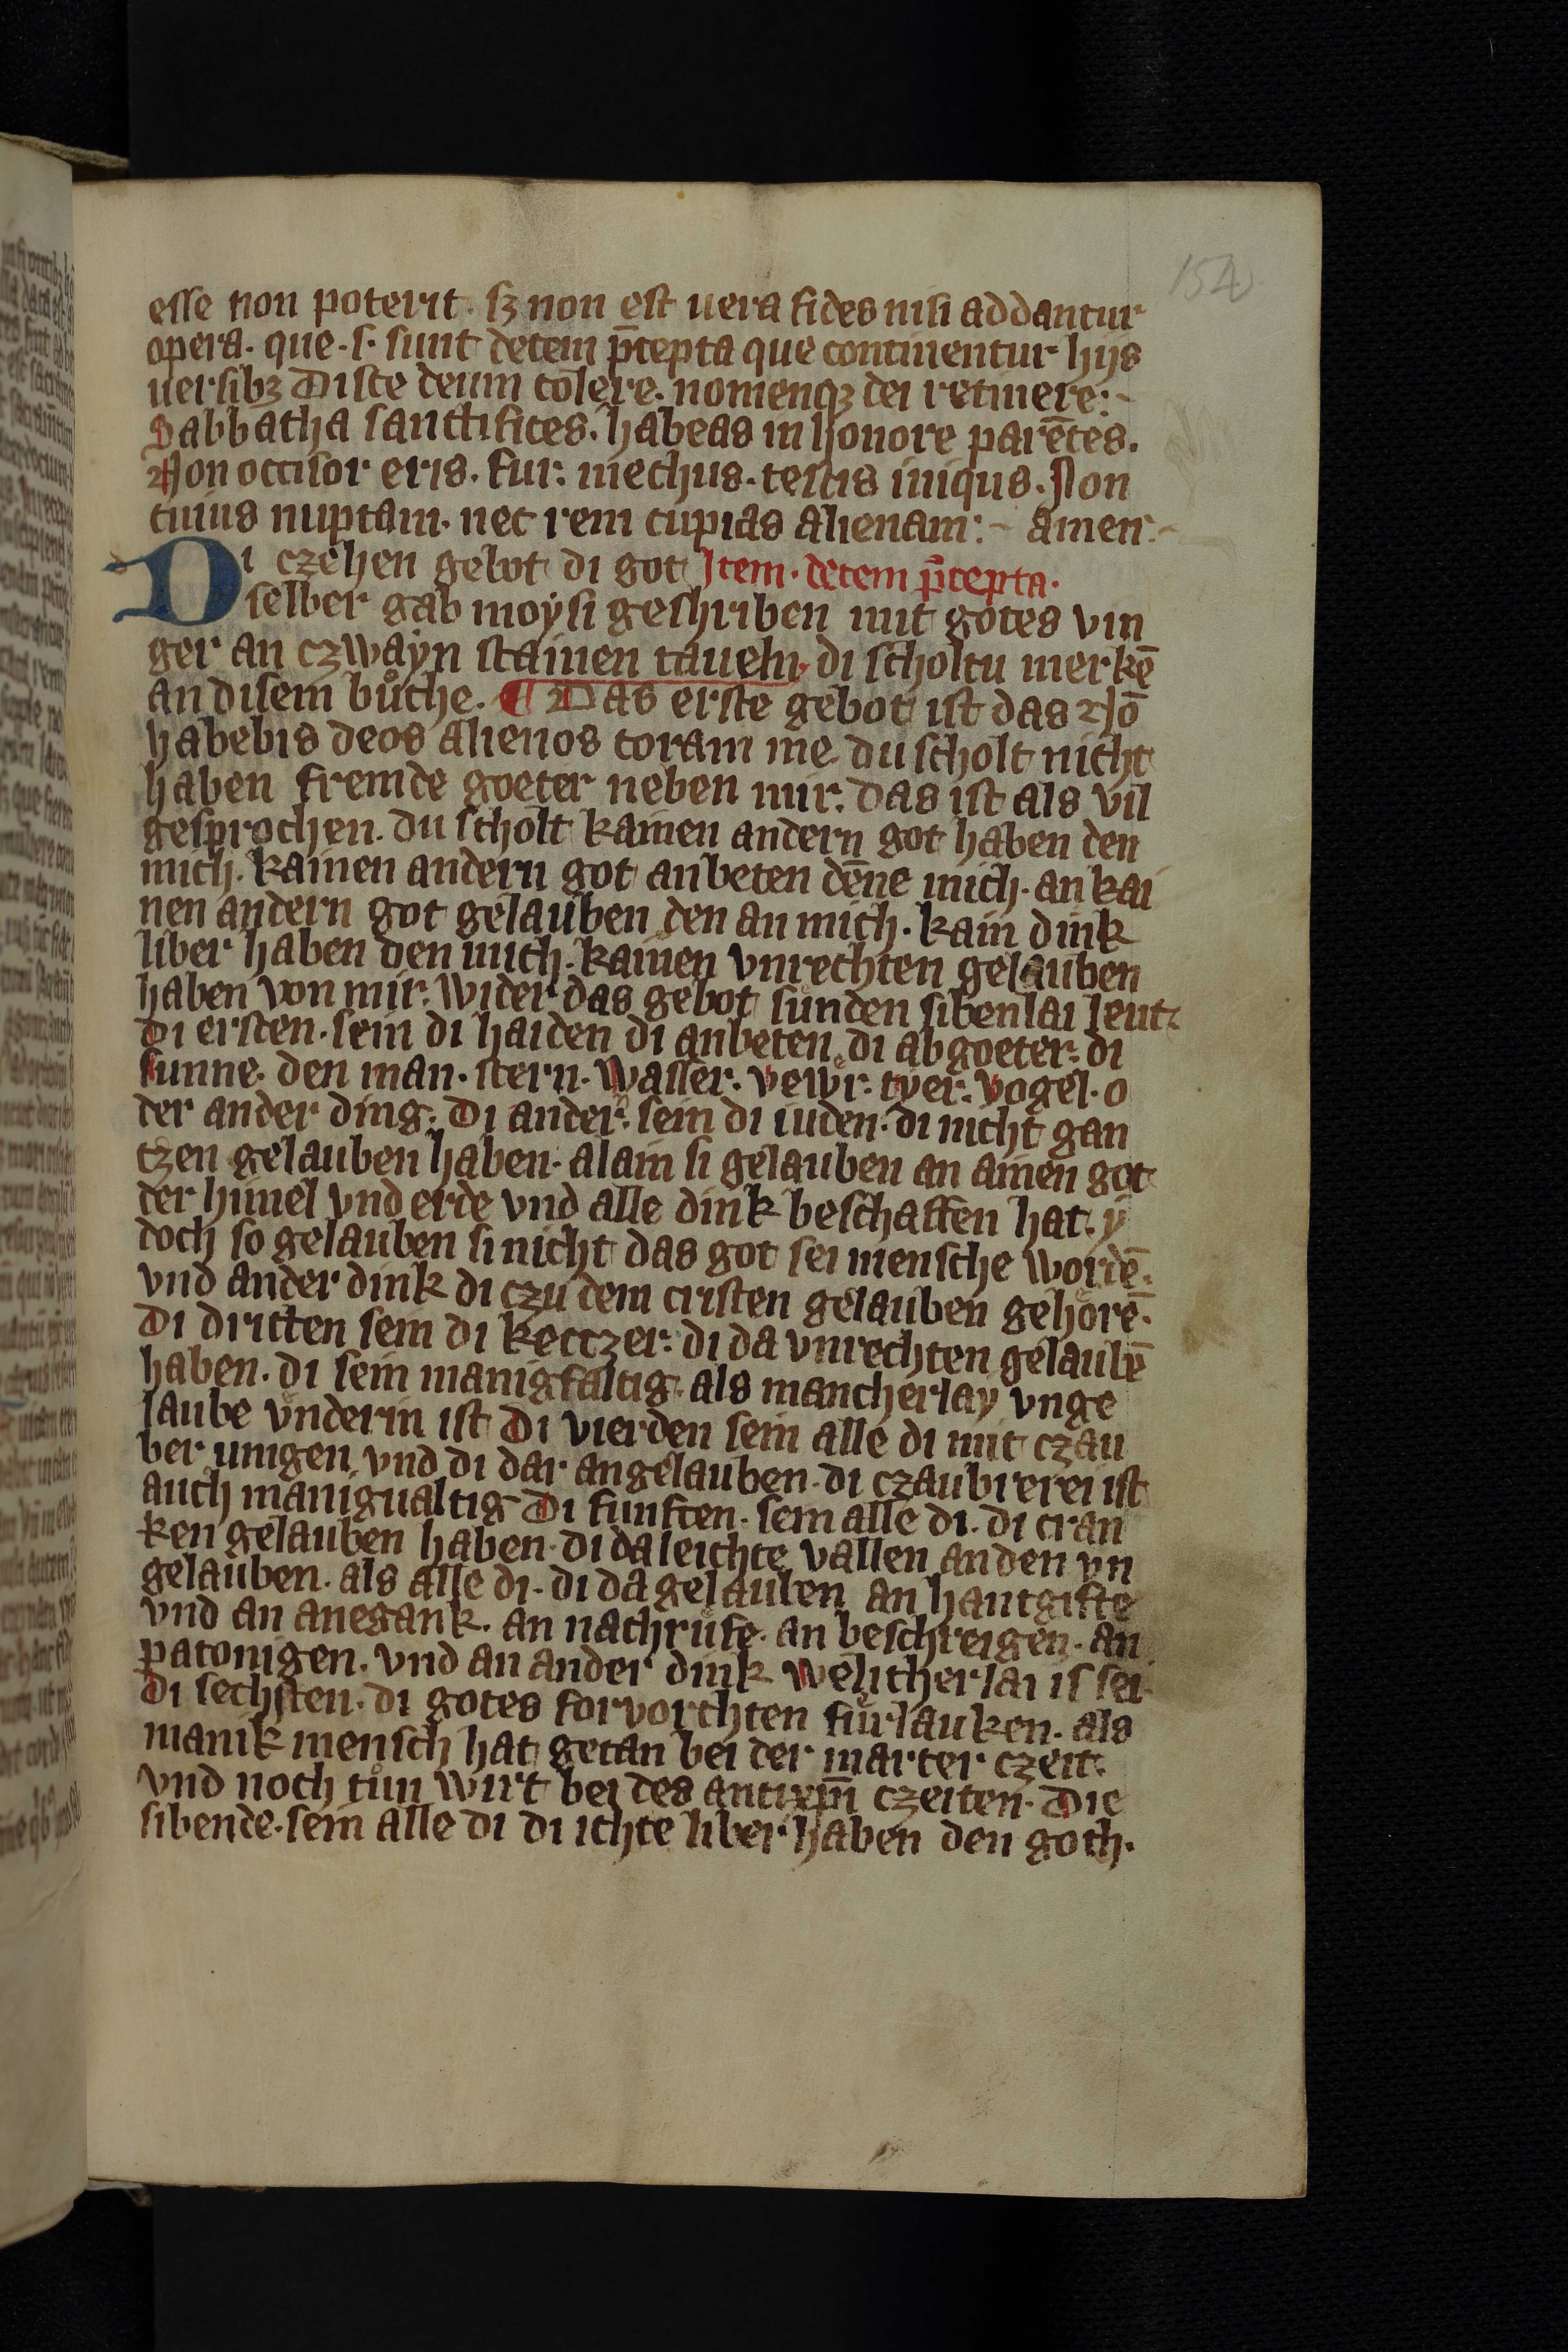
Shelfmark: Leipzig, Universitäts Bibliothek Leipzig, Ms 758
Century: 14